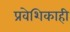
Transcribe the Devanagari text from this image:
प्रवेशिकाही